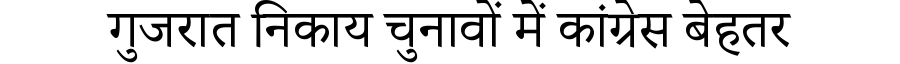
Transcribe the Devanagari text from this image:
गुजरात निकाय चुनावों में कांग्रेस बेहतर